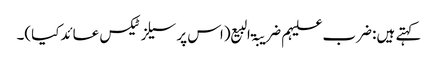
کہتے ہیں: ضرب علیہم ضریبۃ البیع (اس پر سیلز ٹیکس عائدکیا)۔